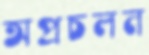
অপ্রচলন